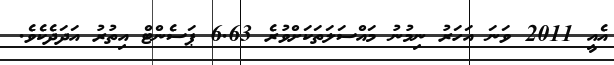
އެއީ 2011 ވަނަ އަހަރު ނިމުނު މައްސަލަތަކަށްވުރެ 6.63 ޕަސެންޓް އިތުރު އަދަދެކެވެ.